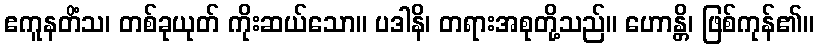
ဧကူနတိံသ၊ တစ်ခုယုတ် ကိုးဆယ်သော။ ပဒါနိ၊ တရားအစုတို့သည်။ ဟောန္တိ၊ ဖြစ်ကုန်၏။